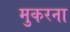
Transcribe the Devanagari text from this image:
मुकरना